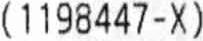
(1198447-X)